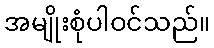
အမျိုးစုံပါဝင်သည်။